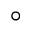
\circ